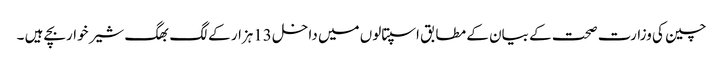
چین کی وزارت صحت کے بیان کے مطابق اسپتالوں میں داخل 13ہزار کے لگ بھگ شیر خواربچے ہیں ۔